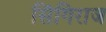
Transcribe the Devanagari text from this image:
सिंगिराज